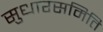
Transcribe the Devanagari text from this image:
सुधारसमिति